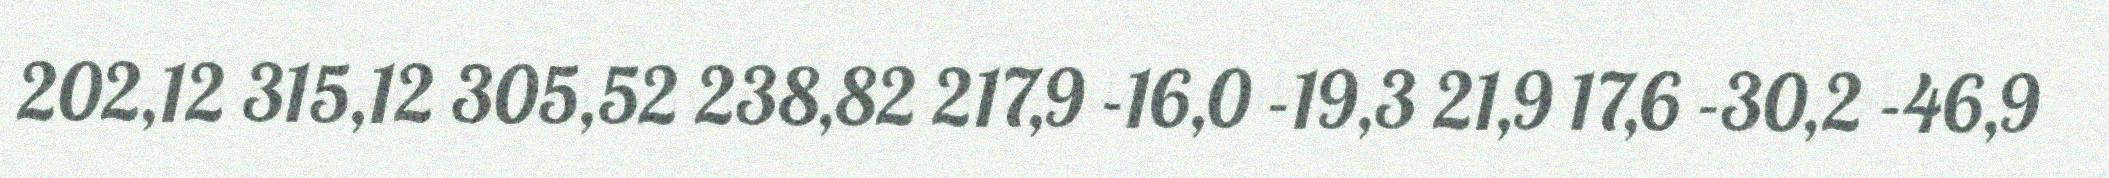
202,12 315,12 305,52 238,82 217,9 -16,0 -19,3 21,9 17,6 -30,2 -46,9